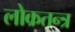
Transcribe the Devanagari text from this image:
लोकतन्‍त्र